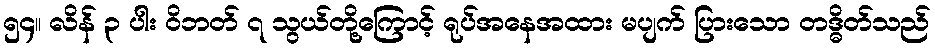
၅၄။ လိန် ၃ ပါး ဝိဘတ် ၇ သွယ်တို့ကြောင့် ရုပ်အနေအထား မပျက် ပြားသော တဒ္ဓိတ်သည်